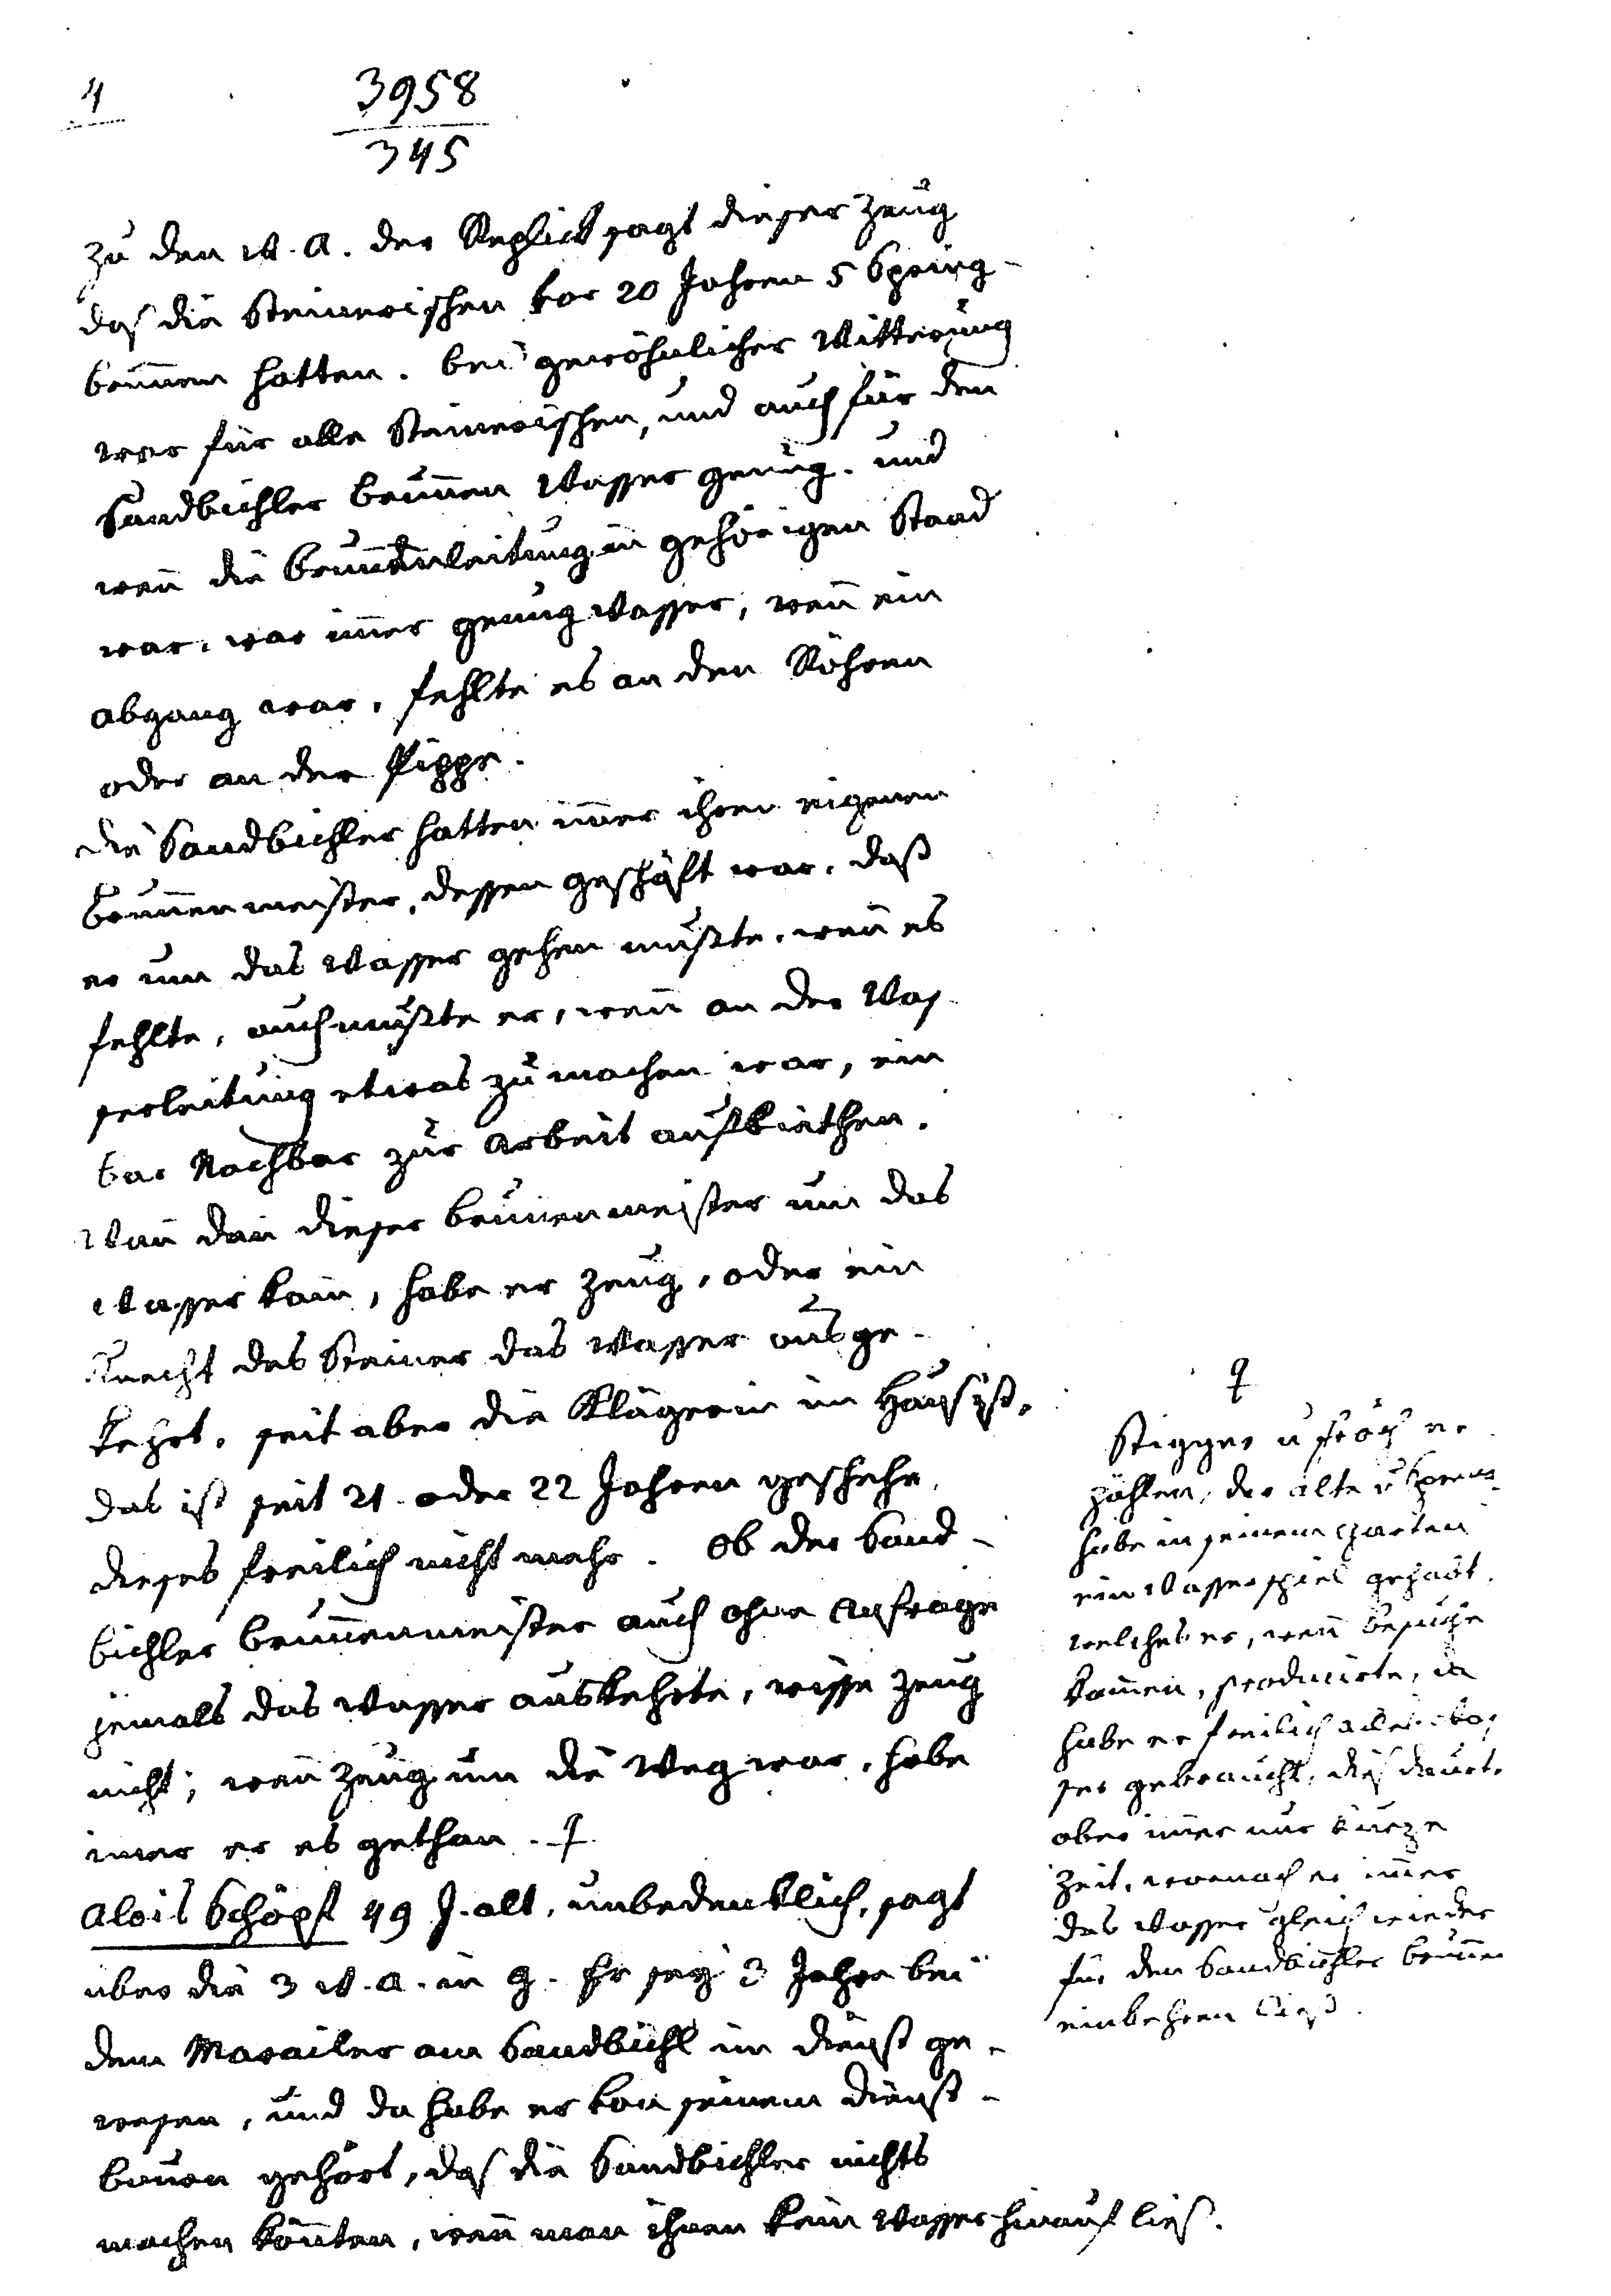
4
3958
345
zu den w. a. der Replick sagt dieser Zeug
daß die Steinerischen vor 20 Jahren 5 Spring¬
brunnen hatten. Bei gewöhnlicher Witterung
war für alle Steinerischen, und auch für den
Sandbichler Brunnen Wasser genug. und
wenn die Brunnenleitung in gehörigen Stand
war, war immer genug Wasser, wann ein
Abgang war, fehlte es an den Röhren
oder an der Pippe.
Die Sandbichler hatten immer ihren eigenen
Brunnenmeister, dessen Geschäft war, daß
er um das Wasser gehen mußte, wenn es
fehlte, auch mußte er, wenn an der Was¬
serleitung etwas zu machen war, ein
bar Nachbar zur Arbeit aufbiethen.
Wann dann dieser Brunnenmeister um das
Wasser kam, habe er Zeug, oder ein
Knecht des Steiner das Wassser ausge¬
kehrt. seit aber die Klägerin im Haus ist,
das ist seit 21 oder 22 Jahren geschehe
dieses freilich nicht mehr. Ob der Sand¬
bichler Brunnenmeister auch ohne Anfrage
jemals das Wasser auskehrte, wisse Zeug
nicht; wann Zeug um die Weg war, habe
immer er es gethan.  #
Alois Schöpf 49 J. alt, unbedenklich, sagt
über die 3 w. a. in g. Fr. sey 3 Jahre bei
dem Marailer am Sandbichl im Dienst ge¬
wesen, und da habe er von seinem Dienst¬
bauer gehört, daß die Sandbichler nichts
machen könnten, wenn man ihnen kein Wasser hinauf ließ.

#
Stigger u Fröch er¬
zählen, der alte v Spreng
habe in seinem Garten
ein Wasserspiel gehabt.
welches, wenn Besucher
kamen, probierte, da
habe er freilich alles Was¬
ser gebraucht, daß dauerte
aber immer nur kurze
Zeit, wonach er immer
das Wasser gleich wieder
für den Sandbichler Bunnen
einkehren ließ.